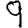
Digit: 9